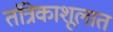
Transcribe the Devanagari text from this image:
तंत्रिकाशूलात